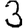
Digit: 3